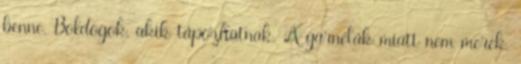
benne. Boldogok, akik tápozhatnak. A garnélák miatt nem merek,